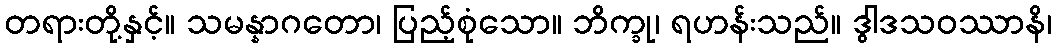
တရားတို့နှင့်။ သမန္နာဂတော၊ ပြည့်စုံသော။ ဘိက္ခု၊ ရဟန်းသည်။ ဒွါဒသဝဿာနိ၊